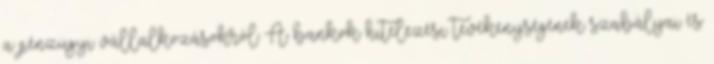
a pénzügyi vállalkozásokról A bankok hitelezési tevékenységének szabályai és